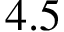
4 . 5